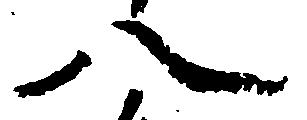
八